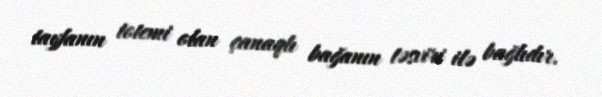
tayfanın totemi olan çanaqlı bağanın təsviri ilə bağlıdır.